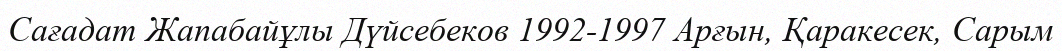
Сағадат Жапабайұлы Дүйсебеков 1992-1997 Арғын, Қаракесек, Сарым